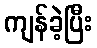
ကျန်ခဲ့ပြီး